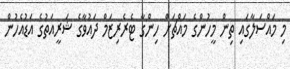
މި މައްސަލާގައި ތިން މީހުންގެ މައްޗަށް ހިންގާ ޓެރެރިޒަމް ދައުވާގެ ޝަރީއަތުގެ އަޑުއެހުން